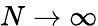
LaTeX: N\xrightarrow{}\infty